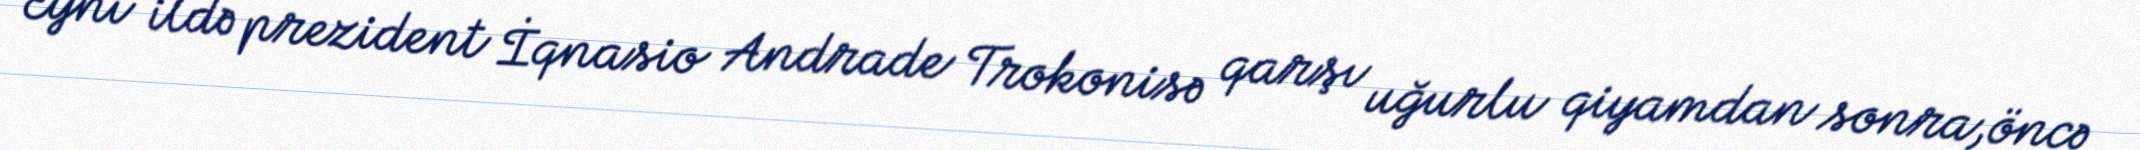
Eyni ildə prezident İqnasio Andrade Trokonisə qarşı uğurlu qiyamdan sonra,öncə